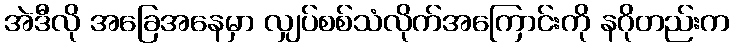
အဲဒီလို အခြေအနေမှာ လျှပ်စစ်သံလိုက်အကြောင်းကို နဂိုတည်းက